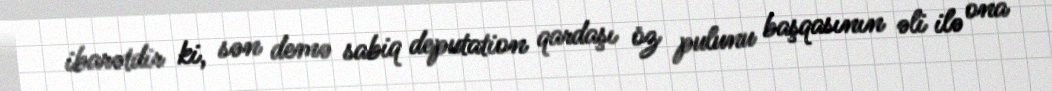
ibarətdir ki, sən demə sabiq deputation qardaşı öz pulunu başqasının əli ilə ona